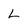
Character: L